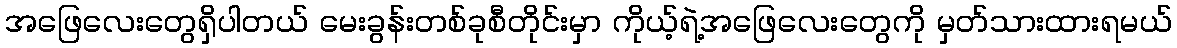
အဖြေလေးတွေရှိပါတယ် မေးခွန်းတစ်ခုစီတိုင်းမှာ ကိုယ့်ရဲ့အဖြေလေးတွေကို မှတ်သားထားရမယ်